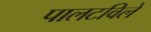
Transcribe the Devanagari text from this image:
पालटविले